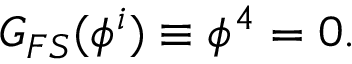
G _ { F S } ( \phi ^ { i } ) \equiv \phi ^ { 4 } = 0 .